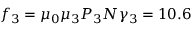
f _ { 3 } = \mu _ { 0 } \mu _ { 3 } P _ { 3 } N \gamma _ { 3 } = 1 0 . 6